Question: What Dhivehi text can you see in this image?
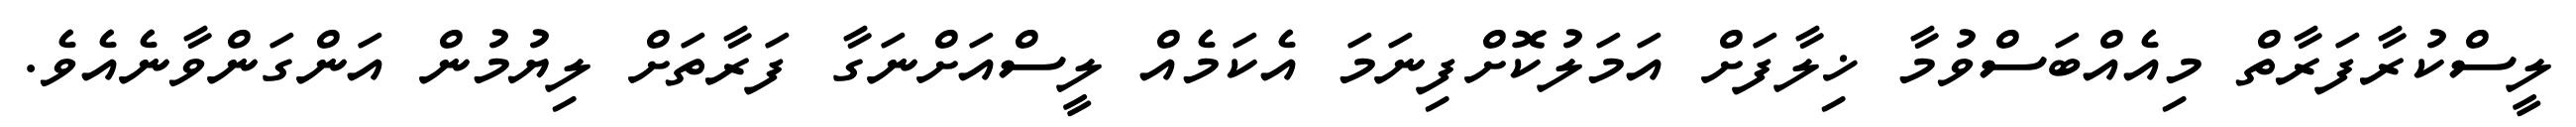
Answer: ލީސްކުރާފަރާތް މިއެއްބަސްވުމާ ޚިލާފަށް އަމަލުކޮށްފިނަމަ އެކަމެއް ލީސްއަށްނަގާ ފަރާތަށް ލިޔުމުން އަންގަންވާނެއެވެ.